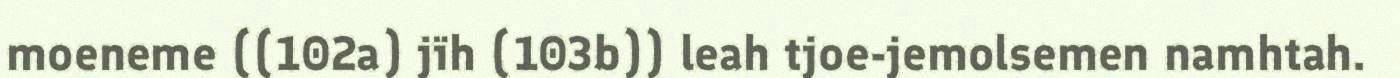
moeneme ((102a) jïh (103b)) leah tjoe-jemolsemen namhtah.